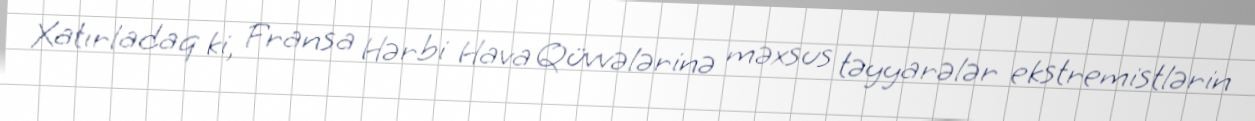
Xatırladaq ki, Fransa Hərbi Hava Qüvvələrinə məxsus təyyarələr ekstremistlərin